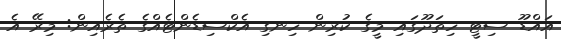
އައްޑޫ ސިޓީ ހިތަދޫގައި މީގެ ކުރިން ހިނގި އެކްސިޑެންޓެއްގެ ތެރެއިން: މިރޭ އެ